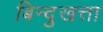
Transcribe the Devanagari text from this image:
बिन्दुखत्ता